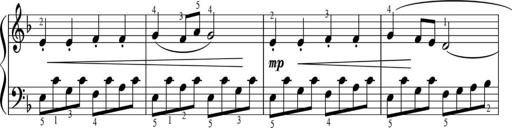
Title: Sonatinas
Composer: Andrew Violette